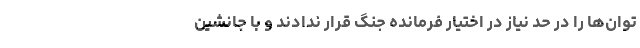
توان‌ها را در حد نیاز در اختیار فرمانده جنگ قرار ندادند و با جانشین